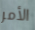
الأمر